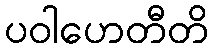
ပဝါဟေတီတိ